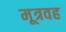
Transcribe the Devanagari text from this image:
मूत्रवह